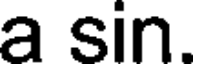
a sin.